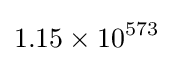
1.15\times 10^{573}